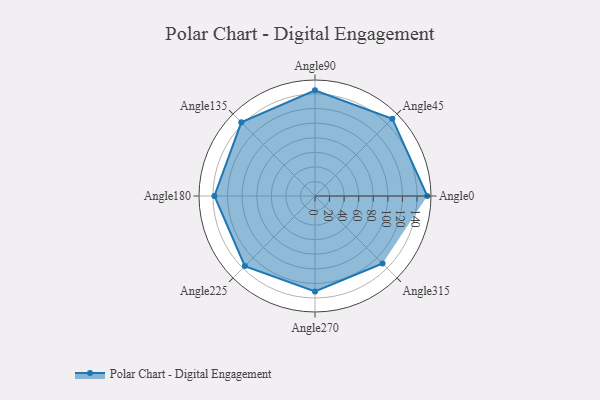
{"axis": {"x": "Angle", "y": "Radius"}, "legend": [""], "data": [{"x": "Angle0", "y": 154.0, "type": ""}, {"x": "Angle45", "y": 150.0, "type": ""}, {"x": "Angle90", "y": 145.0, "type": ""}, {"x": "Angle135", "y": 143.0, "type": ""}, {"x": "Angle180", "y": 138.0, "type": ""}, {"x": "Angle225", "y": 136.0, "type": ""}, {"x": "Angle270", "y": 131.0, "type": ""}, {"x": "Angle315", "y": 131.0, "type": ""}]}